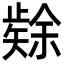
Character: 𮀉